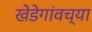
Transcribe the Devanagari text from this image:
खेडेगांवच्या